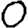
Digit: 0